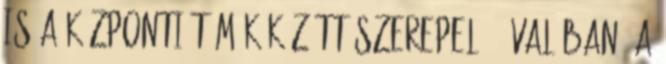
is a központi témák között szerepel. – Valóban, a